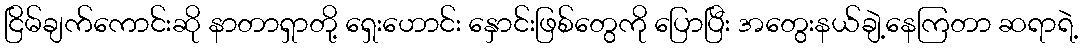
ငြိမ်ချက်ကောင်းဆို နာတာရှာတို့ ရှေးဟောင်း နှောင်းဖြစ်တွေကို ပြောပြီး အတွေးနယ်ချဲ့နေကြတာ ဆရာရဲ့